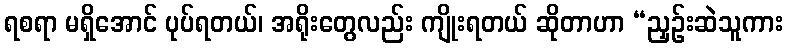
ရစရာ မရှိအောင် ပုပ်ရတယ်၊ အရိုးတွေလည်း ကျိုးရတယ် ဆိုတာဟာ “ညှဉ်းဆဲသူကား